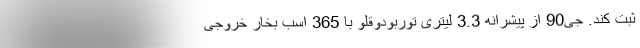
ثبت کند. جی90 از پیشرانه 3.3 لیتری توربودوقلو با 365 اسب بخار خروجی